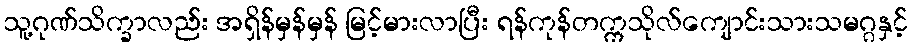
သူ့ဂုဏ်သိက္ခာလည်း အရှိန်မှန်မှန် မြင့်မားလာပြီး ရန်ကုန်တက္ကသိုလ်ကျောင်းသားသမဂ္ဂနှင့်